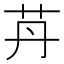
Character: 䒟